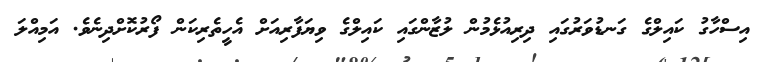
އިސްހާގު ކައިލްގެ ގަނޑުވަރުގައި ދިރިއުޅެމުން ލުޒާންގައި ކައިލްގެ ވިޔަފާރިއަށް އެހީތެރިކަން ފޯރުކޮށްދިނެވެ. އަމިއްލަ